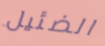
الضئيل